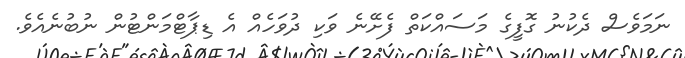
ނަމަވެސް ދެކުނު ގޮފީގެ މަސައްކަތް ފެށޭނެ ވަކި ދުވަހެއް އެ ޑިޕާޓްމަންޓުން ނުބުނެއެވެ.